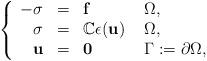
LaTeX: \begin{align*}\left\{\begin{array}{rlll}-\mathbf\sigma & = & \mathbf{f} & \ \Omega,\\\mathbf\sigma & = & \mathbb{C}\mathbf\epsilon(\mathbf{u}) & \ \Omega,\\\mathbf u& = & \mathbf 0 & \ {\Gamma:=\partial \Omega},\\\end{array}\right.\end{align*}